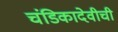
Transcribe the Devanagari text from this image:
चंडिकादेवीची